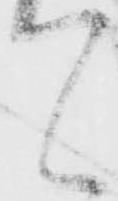
て